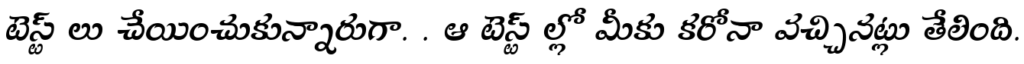
టెస్ట్ లు చేయించుకున్నారుగా. . ఆ టెస్ట్ ల్లో మీకు కరోనా వచ్చినట్లు తేలింది.